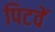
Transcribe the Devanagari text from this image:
पिटवें